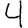
Digit: 4